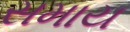
સમાય